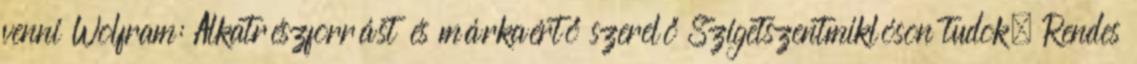
venni Wolfram: Alkatrészforrást és márkaértő szerelő Szigetszentmiklóson tudok. Rendes